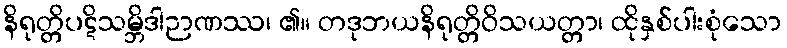
နိရုတ္တိပဋိသမ္ဘိဒါဉာဏဿ၊ ၏။ တဒုဘယနိရုတ္တိဝိသယတ္တာ၊ ထိုနှစ်ပါးစုံသော